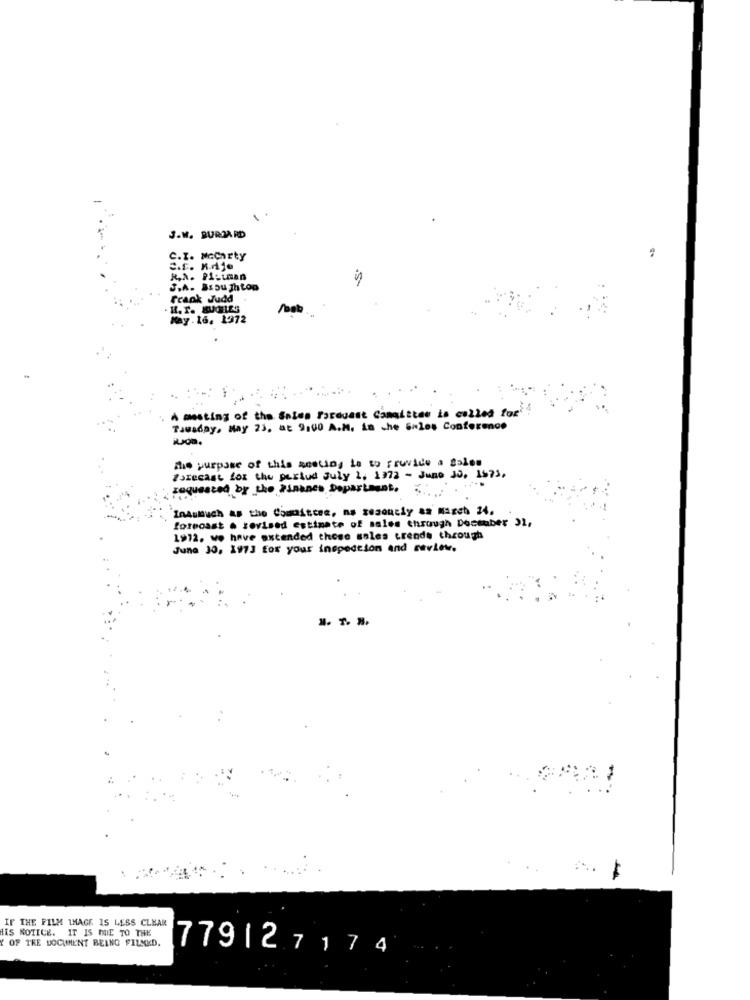
J.W. BURDA RD
C.I. Mccarty
R.A. PILLman
S.A. BEou ghton
Frank Judd
H. r. BUGRLES
/bob
May. 16. 1972
A meeting of the Sales Forduast Camaittes is called for'
Tausday, May 23, at 9,00 A.M. in che Sales Conference
iLon.
The purpose of this sesting la to fruvide a galen
Forecast for the purtud July 1, 1972 - Juno Jo, 1973.
requested by the Pinhace Department."
InAsmuch as the Committee, na zesouciy aa March 14,
forecast . revised estimate of sales through December 31,
1912. we have extended those soles trends through
June 30, 1973 for your inspection and review.
IF THE FILM IMAGE IS LESS CLEAR
IIS NOTICE. IT IS DUE TO THE
Y OF THE DOCUMENT BEING FILMKD.
779127174